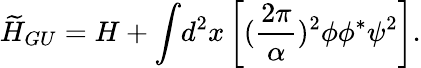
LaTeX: {\widetilde H}_{GU}=H+{\displaystyle\int}d^{2}x\left[(\frac{2\pi}{\alpha})^{2}\phi\phi^{*}\psi^{2}\right].